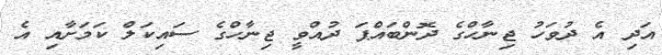
އަދި އެ ދުވަހު ޖިނާހްގެ ދޮންބައްޕަ ދުއްވީ ޖިނާހްގެ ސައިކަލް ކަމަށާއި އެ